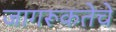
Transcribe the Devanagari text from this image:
जागरूकतेचे